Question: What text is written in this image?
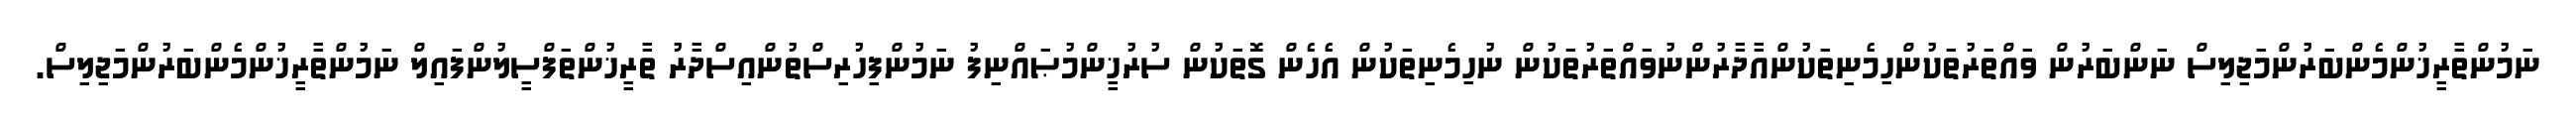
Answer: ނަމުންތާރީޚުންމެންބަރުންމަޖިލިސް ނަންބަރުން ވައްތަރުތަކުންހިމެނިތަކުންއާދާރުންނުވައްތަރުތަކުން ނުހިމެނިތަކުން އެހެން ގޮތަކުން ސުރުޚީންމުޞައްނިފު ނަމުންފިހުރިސްތުންއިސްދާރު ތާރީޚުންތަފްސީލުންފައިލް ނަމުންތާރީޚުންމެންބަރުންމަޖިލިސް.